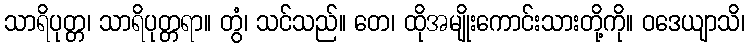
သာရိပုတ္တ၊ သာရိပုတ္တရာ။ တွံ၊ သင်သည်။ တေ၊ ထိုအမျိုးကောင်းသားတို့ကို။ ဝဒေယျာသိ၊